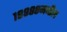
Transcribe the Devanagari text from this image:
१९९८८मधील